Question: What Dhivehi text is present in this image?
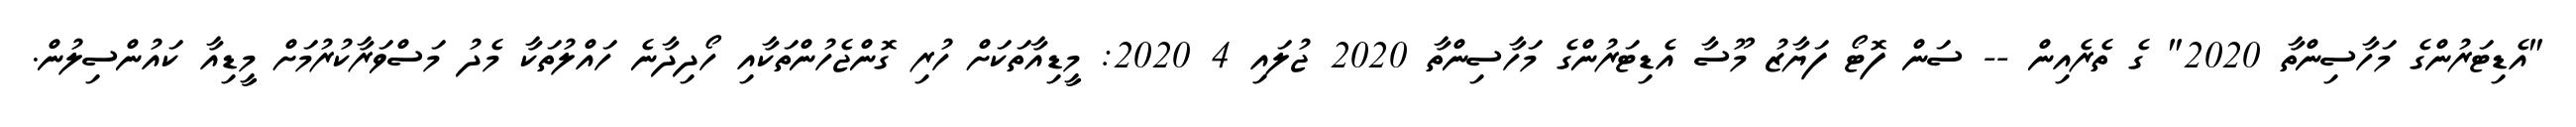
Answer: "އެޑިޓަރުންގެ މަހާސިންތާ 2020" ގެ ތެރެއިން -- ސަން ފޮޓޯ ފަޔާޒު މޫސާ އެޑިޓަރުންގެ މަހާސިންތާ 2020 ޖުލައި 4 2020: މީޑިއާތަކަށް ހުރި ގޮންޖެހުންތަކާއި ހޯދިދާނެ ހައްލުތަކާ މެދު މަސްވަރާކުރުމަށް މީޑިއާ ކައުންސިލުން.